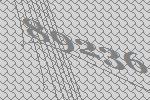
89236